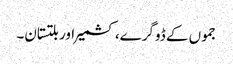
جموں کے ڈوگرے، کشمیر اور بلتستان۔